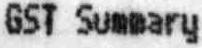
GST SUMMARY